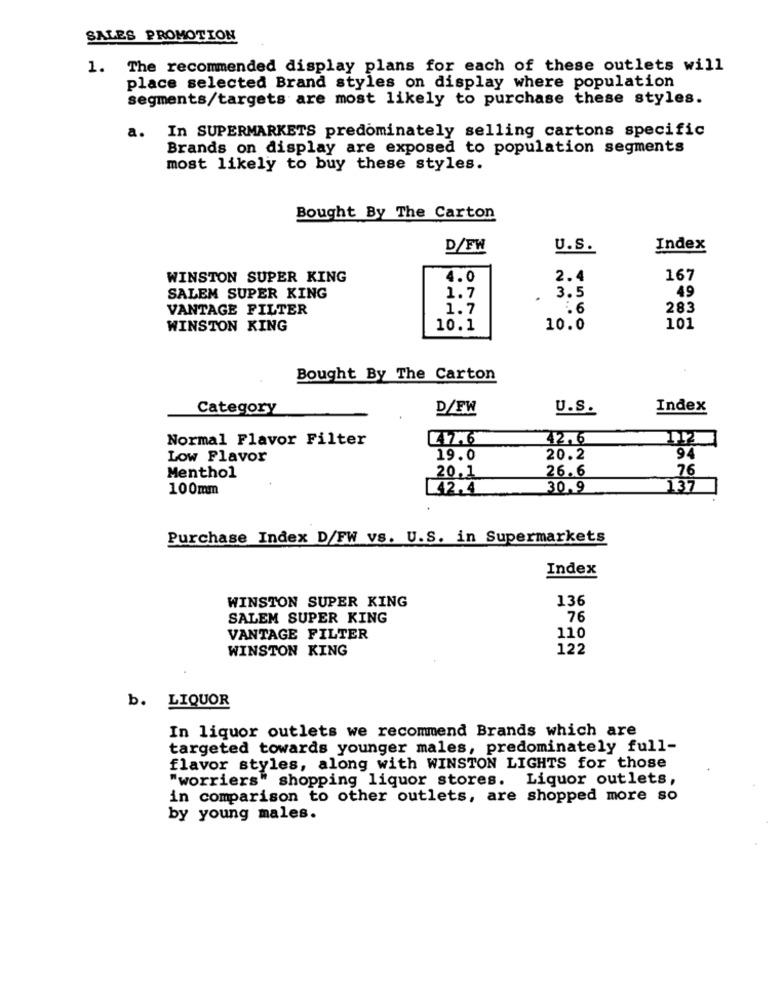
SALES PROMOTION
1. The recommended display plans for each of these outlets will
place selected Brand styles on display where population
segments/targets are most likely to purchase these styles.
In SUPERMARKETS predominately selling cartons specific
a.
Brands on display are exposed to population segments
most likely to buy these styles.
Bought By The Carton
D/FW
U.S.
Index
WINSTON SUPER KING
4.0
2.4
167
49
SALEM SUPER KING
1.7
. 3.5
VANTAGE FILTER
1.7
1.6
283
WINSTON KING
10.1
10.0
101
Bought By The Carton
Category
D/FW
U.S.
Index
Normal Flavor Filter
42,6
112
Low Flavor
19.0
20.2
94
20.1
76
Menthol
26.6
100mm
42,4
30.9
137
Purchase Index D/FW vs. U.S. in Supermarkets
Index
WINSTON SUPER KING
136
SALEM SUPER KING
76
VANTAGE FILTER
110
WINSTON KING
122
b. LIQUOR
In liquor outlets we recommend Brands which are
targeted towards younger males, predominately full-
flavor styles, along with WINSTON LIGHTS for those
"worriers"
s" shopping liquor stores. Liquor outlets,
in comparison to other outlets, are shopped more so
by young males.